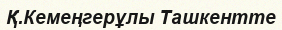
Қ.Кемеңгерұлы Ташкентте